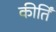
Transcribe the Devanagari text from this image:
कीर्तिं